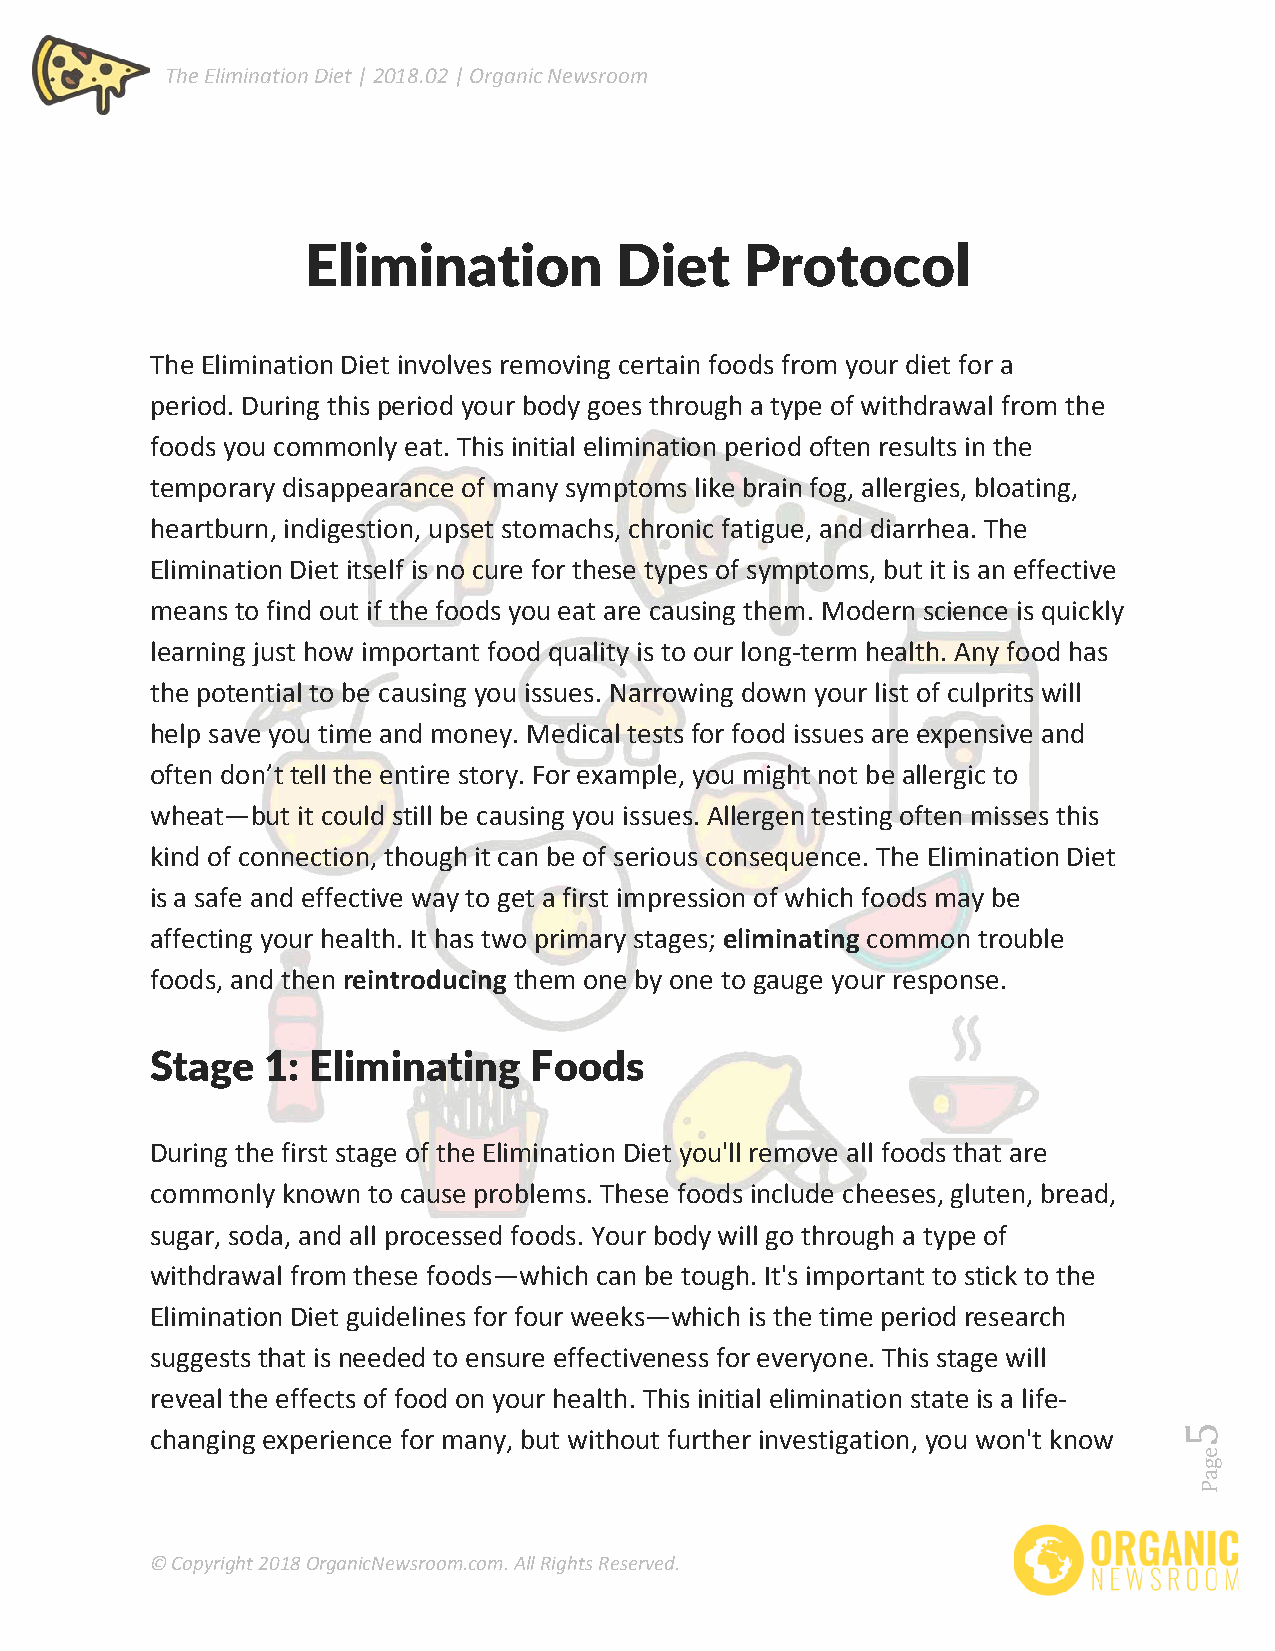
The Elimination Diet | 2018.02 | Organic Newsroom
 Elimination          Diet    Protocol
 The Elimination Diet involves removing certain foods from your diet for a
 period. During this period your body goes through a type of withdrawal from the
 foods you commonly eat. This initial elimination period often results in the
 temporary disappearance of many symptoms like brain fog, allergies, bloating,
 heartburn, indigestion, upset stomachs, chronic fatigue, and diarrhea. The
 Elimination Diet itself is no cure for these types of symptoms, but it is an effective
 means to find out if the foods you eat are causing them. Modern science is quickly
 learning just how important food quality is to our long-term health. Any food has
 the potential to be causing you issues. Narrowing down your list of culprits will
 help save you time and money. Medical tests for food issues are expensive and
 often don’t tell the entire story. For example, you might not be allergic to
 wheat—but it could still be causing you issues. Allergen testing often misses this
 kind of connection, though it can be of serious consequence. The Elimination Diet
 is a safe and effective way to get a first impression of which foods may be
 affecting your health. It has two primary stages; eliminating common trouble
 foods, and then reintroducing them one by one to gauge your response.
 Stage   1: Eliminating   Foods
 During the first stage of the Elimination Diet you'll remove all foods that are
 commonly known to cause problems. These foods include cheeses, gluten, bread,
 sugar, soda, and all processed foods. Your body will go through a type of
 withdrawal from these foods—which can be tough. It's important to stick to the
 Elimination Diet guidelines for four weeks—which is the time period research
 suggests that is needed to ensure effectiveness for everyone. This stage will
 reveal the effects of food on your health. This initial elimination state is a life-
 changing experience for many, but without further investigation, you won't know
 © Copyright 2018 OrganicNewsroom.com. All Rights Reserved.
 egaP
 5